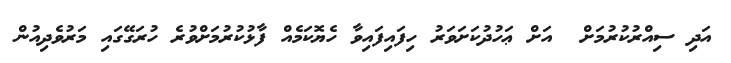
އަދި ސިއްރުކުރުމަށް  އަށް ޢަހުދުކަށަވަރު ހިފައިފައިވާ ހެޔޮކަމެއް ފާޅުކުރުމަށްވުރެ ހުރަގޭގައި މަރުވެދިއުން